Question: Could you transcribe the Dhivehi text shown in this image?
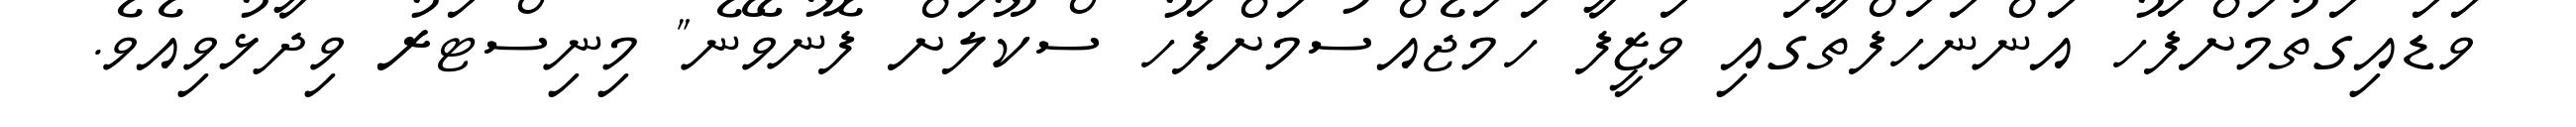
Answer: ވަޑައިގަތުމަށްފަހު އަންނަހަފްތާގައި ވަޒީފާ ހަމަޖެއްސުމަށްފަހު ސްކޫލަށް ފޮނުވޭނެ" މިނިސްޓަރު ވިދާޅުވިއެވެ.